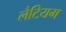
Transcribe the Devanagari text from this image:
लैटियम